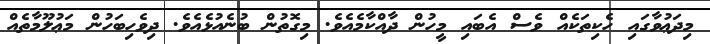
މިދަޢުވާގައި ހެކިތަކެއް ވެސް އެބައި މީހުން ދާއްކާމެއެވެ. މިގޮތުން ބުނެއުޅެއެވެ. ދިވެހިބަހުން މަޢުލޫމާތެއް